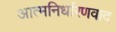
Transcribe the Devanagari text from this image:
आत्मनिर्धारणवाद